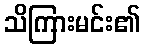
သိကြားမင်း၏